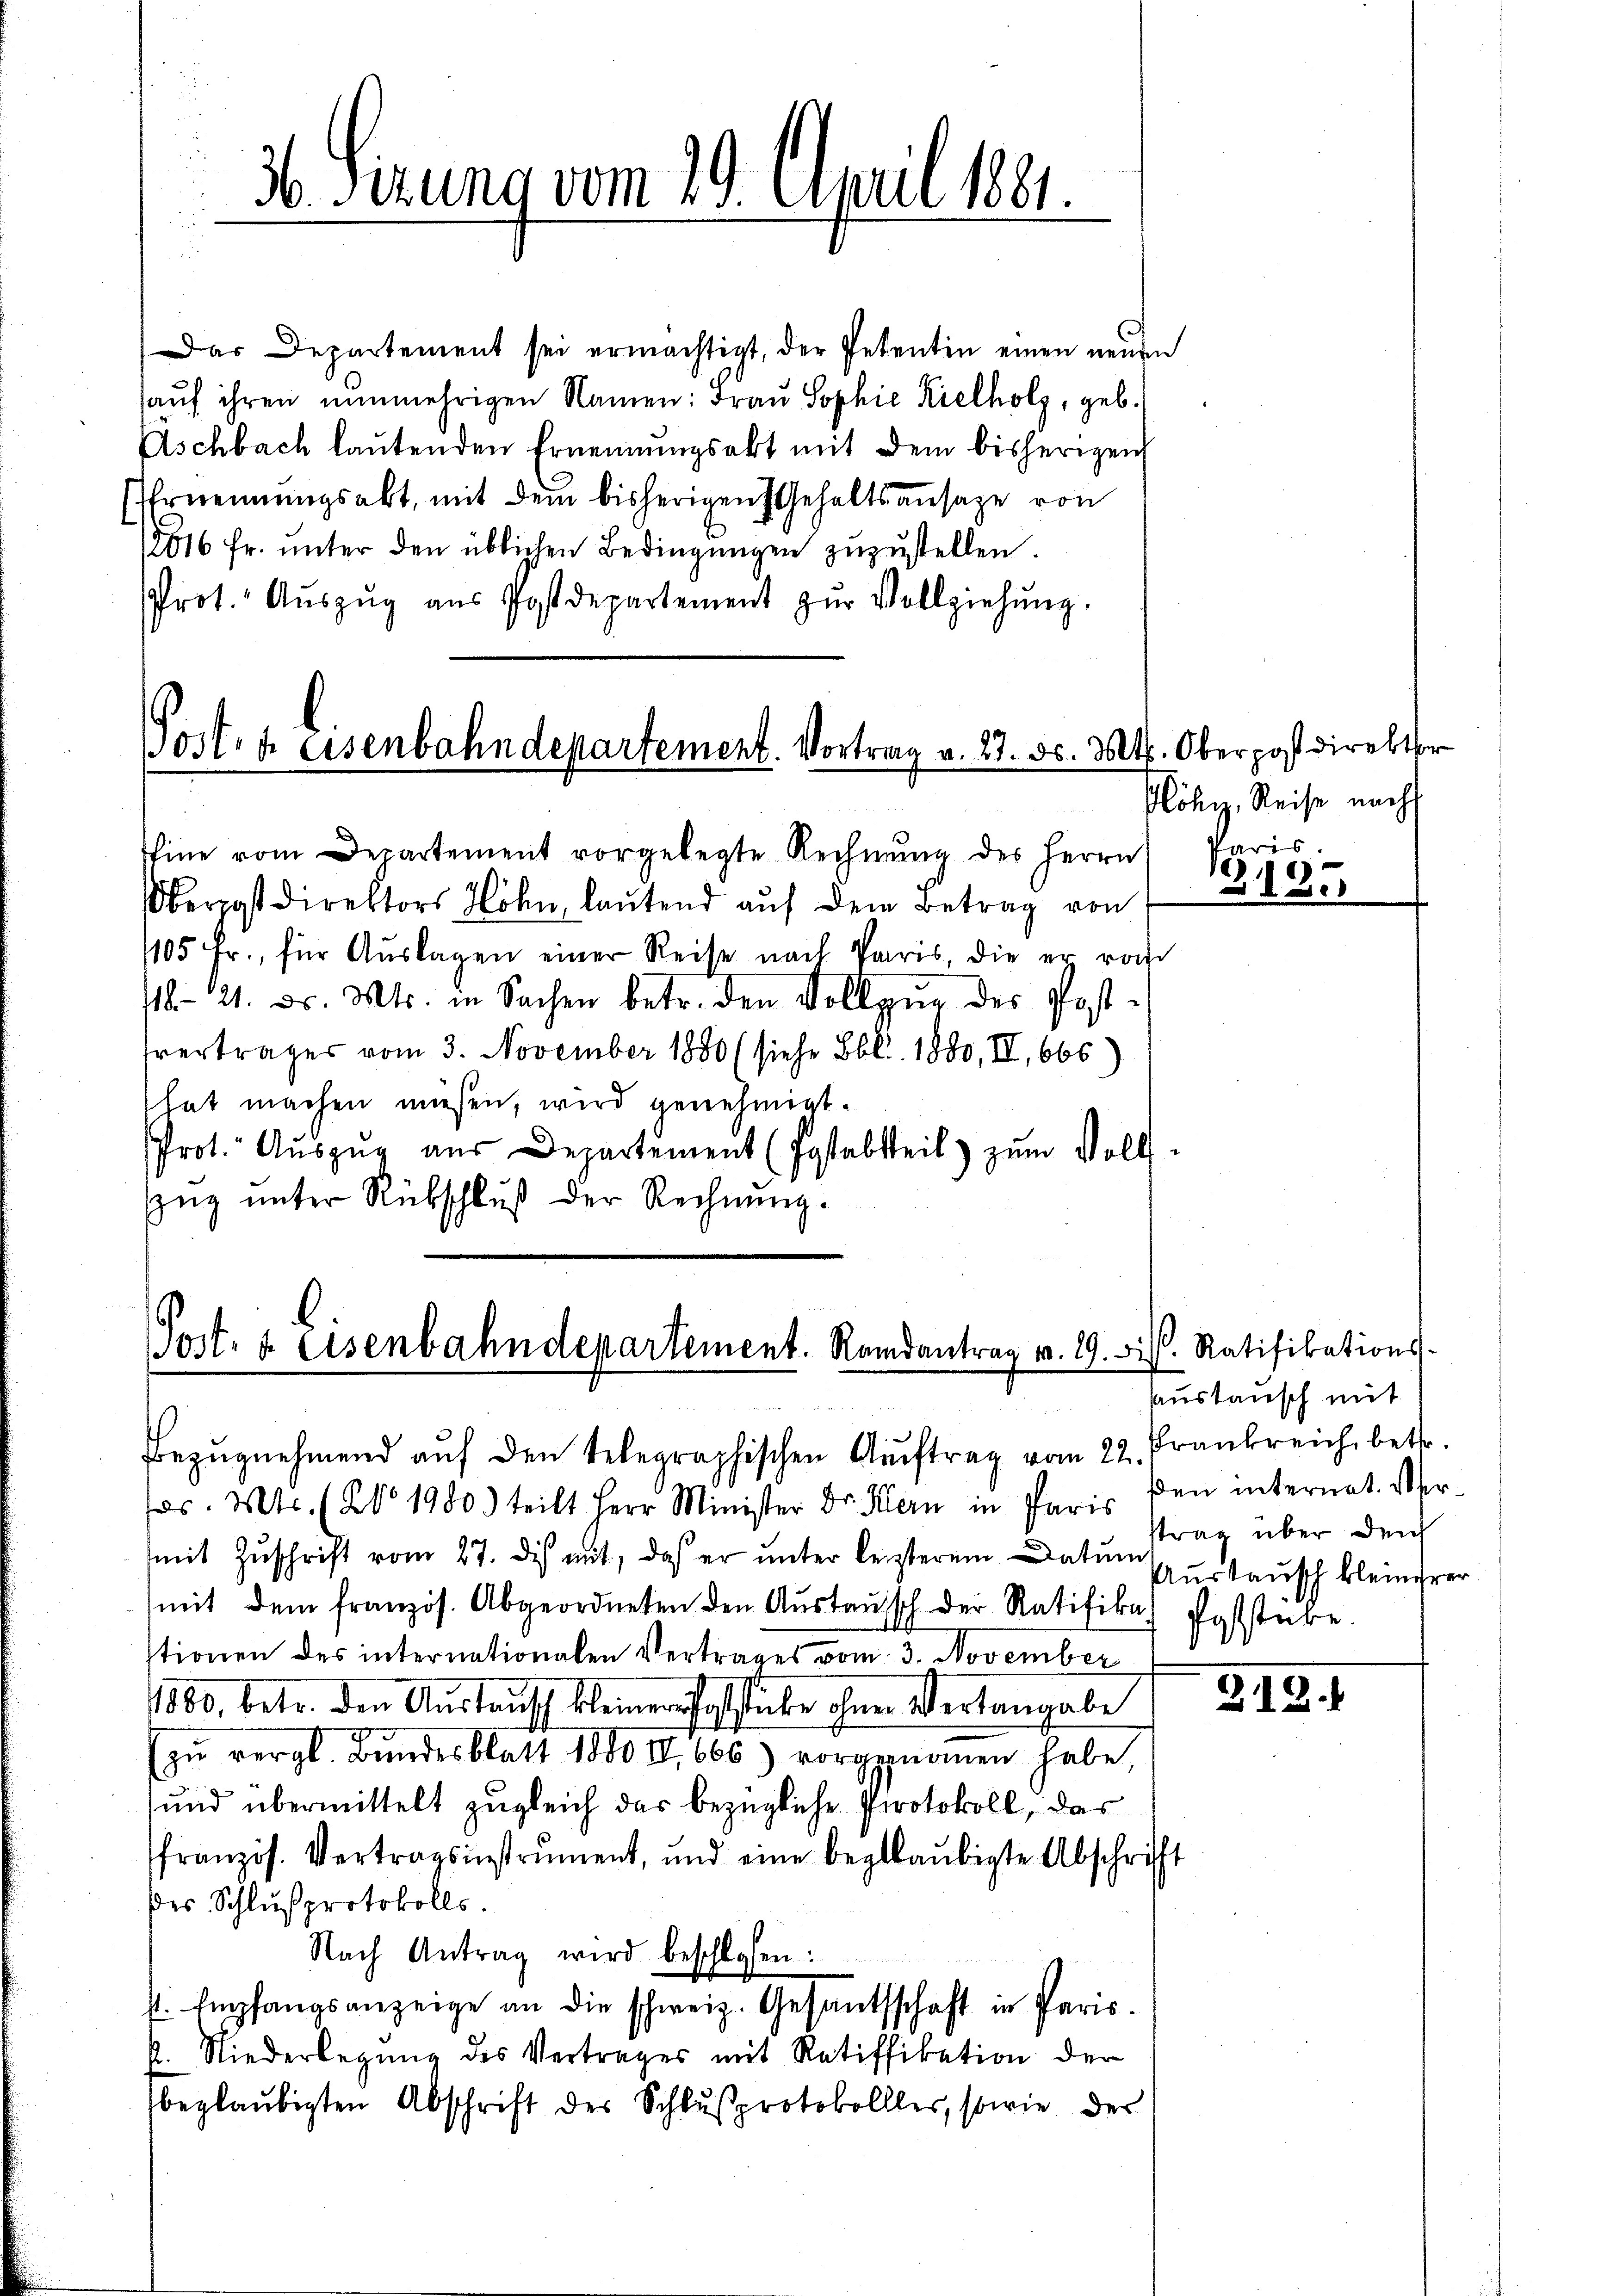
Das Departement sei ermächtigt, der Petentin einen neŭen
hauf ihren nunmehrigen Namen: Frau Sophie Kielholz, geb.
Aschbach laŭtenden Ernennungsakt mit dem bisherigen
Ernennungsakt, mit dem bisherigen Gehaltsansage von
12016 fr. ŭnter den üblichen Bedingŭngen zŭzŭstellen.
Prot. Aŭszŭg aŭs Postdepartement zŭr Vollziehŭng.

36 Sizung vom 29. April 1881.

0sten eisenbahndepartement. Vortrag v. 27. d. Mts. Oberpostdirektor

Eine vom Departement vorgelegte Rechnŭng des Herrn
Oberpostdirektors Höhn, laŭtend aŭf dem Betrag von
105 fr., für Aŭslagen einer Reise nach Paris, die er vo
118. 21. d. Mts. in Sachen betr. den Vollzŭg des Post-
fvertrages vom 3. November 1880 (siehe Lbl. 1880, II., 666)
hat machen müssen, wird genehmigt.
Prot. Aŭszŭg aŭs Departement (Postabsteil) zŭm Volls-
zŭg ŭnter Rübschlŭβ der Rechnŭng.

Post- & Eisenbahndepartement. Randantrag v. 19. ds. Ratifikations-

Bezŭgnehmend aŭf den telegraphischen Aŭftrag vom 22.
s. Mts. (No 1980.) teilt Herr Minister Dr. Kern in Paris den internat. Ver-
mit Zŭschrift vom 27. dis mit, daß er unter leisterem Datum
mit dem französ. Abgeordneten den Aŭstaŭsch der Ratifika) Poststube.
stionen des internationalen Vertrages vom 3. November
1860 betr. den Aŭstaŭsch kleiner fassliche ohner Vertangabe
zŭ vergl. Bŭndesblatt 1880 II, 666) vorgenoṁen habe,
und übermittelt zugleich das bezügliche Protokoll, das
ffranzös. Vertragsinstrument, und eine beglaubigte Abschrift
des Schlußprotokolls.
Nach Antrag wird beschlossen:
st. Empfangsanzeige an die schweiz. Gesandtschaft in Paris.
. Niederlegŭng des Vertrages mit Ratifikation der
beglaubigten Abschrift des Schlußprotokollles, sowie der

Plöhi, Reise nach

Paris.
315

saustausch mit
Prankreich, betr.
strag über den
Austausch kleinerer

2.12.1